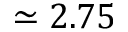
\simeq 2 . 7 5